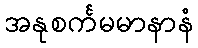
အနုစင်္ကမမာနာနံ